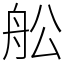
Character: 舩